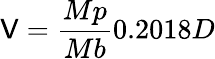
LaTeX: \mathsf{V}={\frac{{Mp}}{{Mb}}}0.2018D